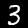
Digit: 3